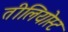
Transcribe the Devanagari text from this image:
तीलियोस्ट